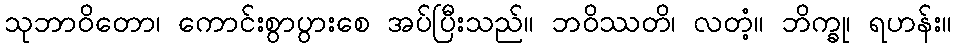
သုဘာဝိတော၊ ကောင်းစွာပွားစေ အပ်ပြီးသည်။ ဘဝိဿတိ၊ လတံ့။ ဘိက္ခု၊ ရဟန်း။